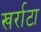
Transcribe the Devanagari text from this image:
खर्राटा